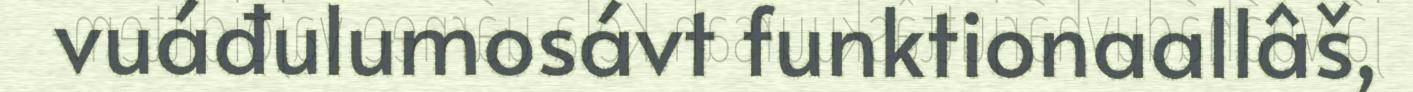
vuáđulumosávt funktionaallâš,